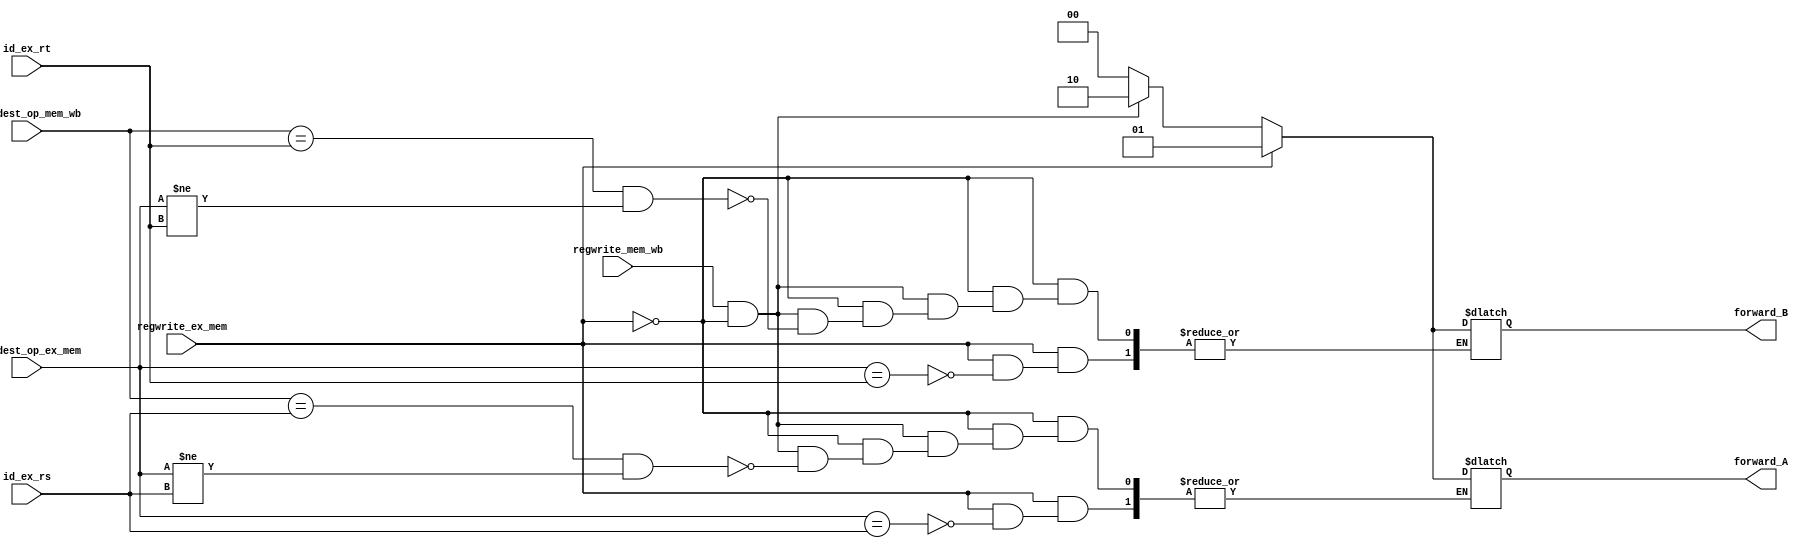
`timescale 1ns / 1ps
//////////////////////////////////////////////////////////////////////////////////
// Company: 
// Engineer: 
// 
// Design Name: 
// Module Name: forwarding_unit
// Project Name: 
// Target Devices: 
// Tool Versions: 
// Description: 
// 
// Dependencies: 
// 
// Revision:
// Revision 0.01 - File Created
// Additional Comments:
// 
//////////////////////////////////////////////////////////////////////////////////

module forwarding_unit(id_ex_rs, id_ex_rt , 
Reg_dest_op_ex_mem , Reg_dest_op_mem_wb ,
regwrite_ex_mem, regwrite_mem_wb,
forward_A , forward_B);

input [4:0] id_ex_rs , id_ex_rt;
input [4:0] Reg_dest_op_ex_mem , Reg_dest_op_mem_wb;
input regwrite_ex_mem , regwrite_mem_wb;

output reg [1:0] forward_A , forward_B ;

always@(*) //always statement for calculating forward_A
begin
if(regwrite_ex_mem == 1'b1)
begin
if(Reg_dest_op_ex_mem == id_ex_rs ) //not putting Reg_dest_op_ex_mem != 0 because our 0th reg is s0 and not zero register 
forward_A =2'b01;
end

else if( regwrite_mem_wb == 1'b1 && regwrite_ex_mem != 1'b1)
begin
if(Reg_dest_op_mem_wb == id_ex_rs && Reg_dest_op_ex_mem != id_ex_rs)
forward_A = 2'b10;
end

else
forward_A = 2'b00;

end

always@(*) //always block for calculating forward_B
begin
if(regwrite_ex_mem == 1'b1)
begin
if(Reg_dest_op_ex_mem == id_ex_rt ) //not putting Reg_dest_op_ex_mem != 0 because our 0th reg is s0 and not zero register 
forward_B =2'b01;
end

else if( regwrite_mem_wb == 1'b1 && regwrite_ex_mem != 1'b1)
begin
if(Reg_dest_op_mem_wb == id_ex_rt && Reg_dest_op_ex_mem != id_ex_rt)
forward_B = 2'b10;
end

else
forward_B = 2'b00;

end

endmodule